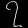
Digit: ၇